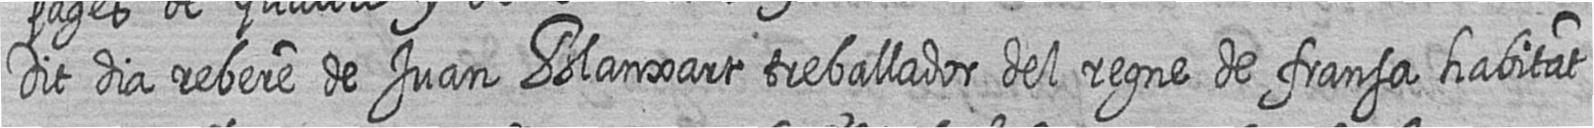
Dit dia rebere de Juan Blanxart treballador del regne de fransa habitat